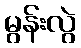
မွန်းလွဲ